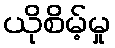
ယိုစိမ့်မှု